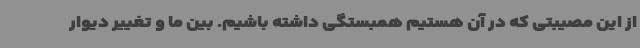
از این مصیبتی که در آن هستیم همبستگی داشته باشیم. بین ما و تغییر دیوار